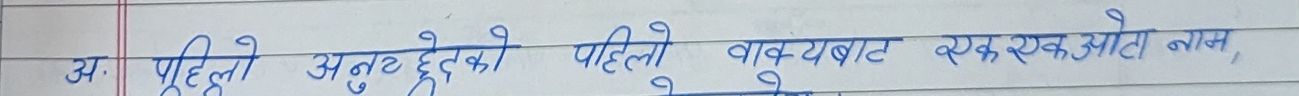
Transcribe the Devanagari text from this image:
अ. पहिलो अनुच्छेदको पहिलो वाक्यबाट एक-एकओटा नाम,